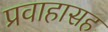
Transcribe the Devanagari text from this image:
प्रवाहासह